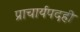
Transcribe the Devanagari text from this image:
प्राचार्यपदही